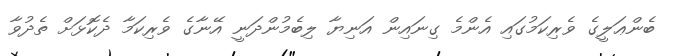
ބެންޢަލީގެ ވެރިކަމުގައި އެންމެ ގިނައިން އަނިޔާ ލިބެމުންދަނީ އޭނާގެ ވެރިކަމާ ދެކޮޅަށް ތެދުވާ